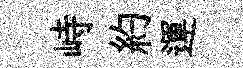
峙約運